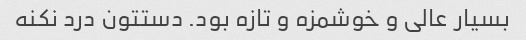
بسیار عالی و خوشمزه و تازه بود. دستتون درد نکنه